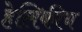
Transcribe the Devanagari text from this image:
हेलिकीय